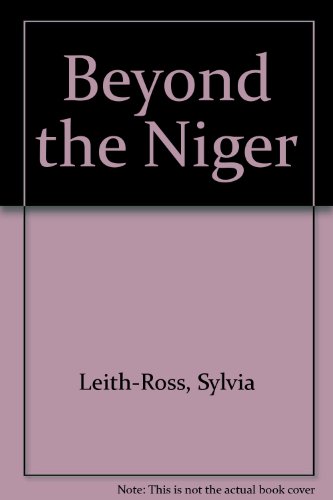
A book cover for Beyond the Niger; Sylvia Leith-Ross; Travel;